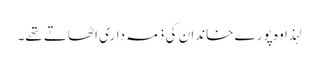
لہذا وہ پورے خاندان کی ذمہ داری اٹھاتے تھے۔